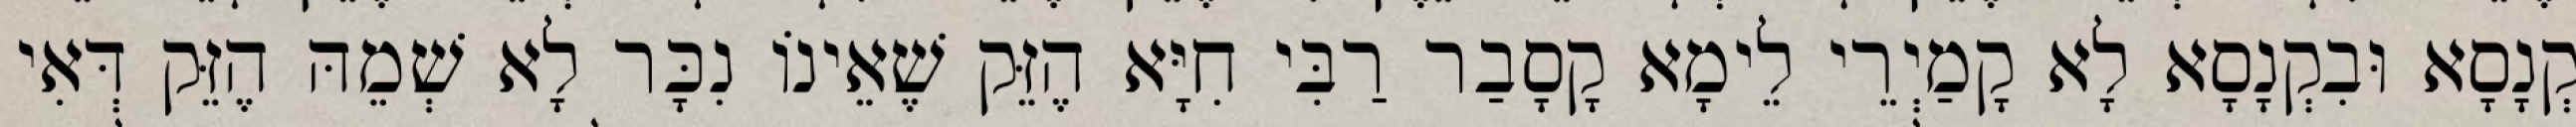
קְנָסָא וּבִקְנָסָא לָא קָמַיְרֵי לֵימָא קָסָבַר רַבִּי חִיָּא הֶזֵּק שֶׁאֵינוֹ נִכָּר לָא שְׁמֵהּ הֶזֵּק דְּאִי